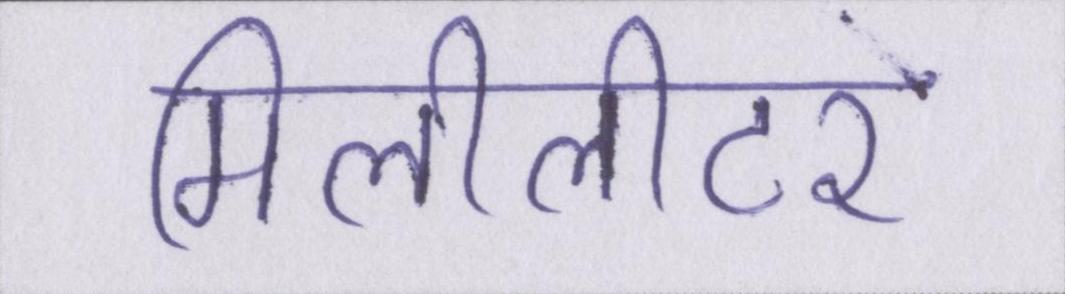
मिलीलीटर